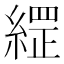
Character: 䌉